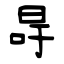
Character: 冔